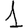
Digit: 1